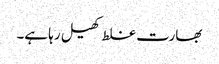
بھارت غلط کھیل رہا ہے۔